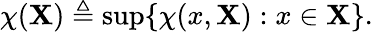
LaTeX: \chi(\mathbf{X})\triangleq\operatorname*{sup}\{ \chi(x,\mathbf{X}):x\in\mathbf{X}\} .